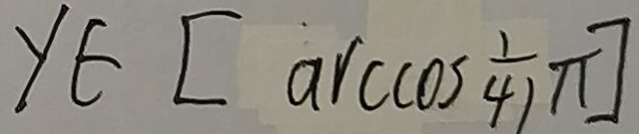
y \in [ \arccos \frac { 1 } { 4 } ]